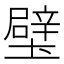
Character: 𨐬